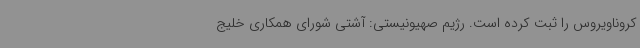
کروناویروس را ثبت کرده است. رژیم صهیونیستی: آشتی شورای همکاری خلیج